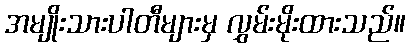
အမျိုးသားပါတီများမှ လွှမ်းမိုးထားသည်။